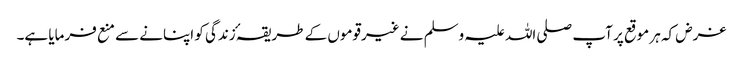
غرض کہ ہر موقع پر آپ صلی اللہ علیہ وسلم نے غیرقوموں کے طریقہٴ زندگی کو اپنانے سے منع فرمایا ہے۔